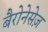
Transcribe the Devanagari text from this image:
बैरोनेसेज़